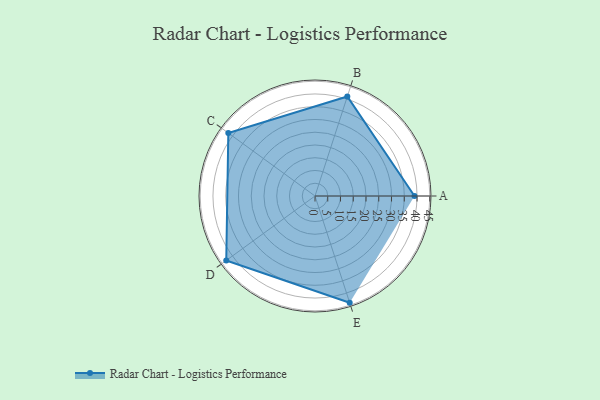
{"axis": {"x": "Skill", "y": "Score"}, "legend": ["Profile"], "data": [{"x": "A", "y": 39.0, "type": "Profile"}, {"x": "B", "y": 41.0, "type": "Profile"}, {"x": "C", "y": 42.0, "type": "Profile"}, {"x": "D", "y": 43.0, "type": "Profile"}, {"x": "E", "y": 44.0, "type": "Profile"}]}